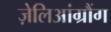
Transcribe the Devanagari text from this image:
ज़ेलिआंग्रौंग